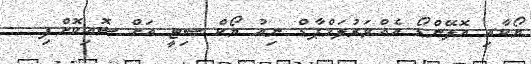
ޔޯކާއި އޮލޭންޑޯ އެއްވަރުލަމްޕާޑް ނިއު ޔޯކް ސިޓީ އަށް ސޮއިކޮށްފި